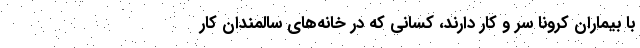
با بیماران کرونا سر و کار دارند، کسانی که در خانه‌های سالمندان کار